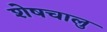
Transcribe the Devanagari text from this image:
शेषचालु